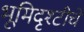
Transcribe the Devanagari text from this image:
भूमिदृश्टीचे